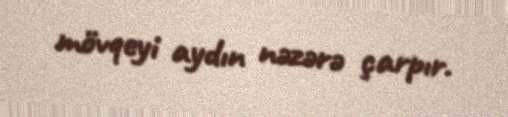
mövqeyi aydın nəzərə çarpır.